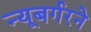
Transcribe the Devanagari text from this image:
न्यूबर्गरने